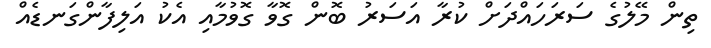
ތިން މޭލުގެ ސަރަހައްދަށް ކުރާ އަސަރު ބޮން ގޮވާ ގޮވުމާއި އެކު އަލިފާންގަނޑެއް